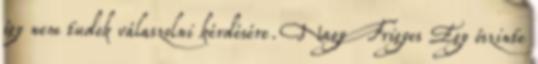
így nem tudok válaszolni kérdésére. Nagy Frigyes Egy őszinte